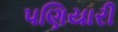
પણિયારી